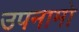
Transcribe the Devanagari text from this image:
उपनामो